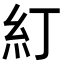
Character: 糽